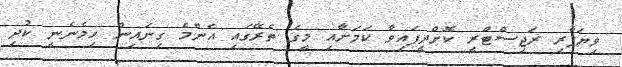
ވިޔަފާރި ރަޖިސްޓްރީ ކޮށްދީފައިވާ ކަމަށާއި މީގެ ތެރޭގައި އެންމެ ގިނައިން ހިމެނެނީ ކުދި